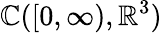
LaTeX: \mathbb{C}([0,\infty),\mathbb{{R}}^{3})